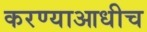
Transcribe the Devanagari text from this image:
करण्याआधीच